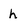
Character: h